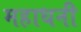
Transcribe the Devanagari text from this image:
महाधनी